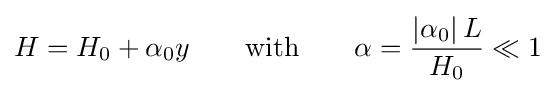
H=H_{0}+\alpha _{0}y\qquad {\text{with}}\qquad \alpha ={\left\vert \alpha _{0}\right\vert L \over H_{0}}\ll 1